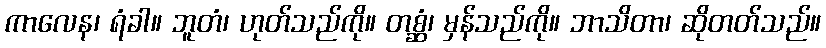
ကာလေန၊ ရံခါ။ ဘူတံ၊ ဟုတ်သည်ကို။ တစ္ဆံ၊ မှန်သည်ကို။ ဘာသိတာ၊ ဆိုတတ်သည်။